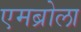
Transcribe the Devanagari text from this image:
एमब्रोला